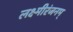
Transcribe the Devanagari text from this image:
लक्ष्मीरंजनम्